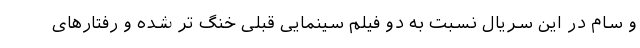
و سام در این سریال نسبت به دو فیلم سینمایی قبلی خنگ تر شده و رفتارهای